Scottish Leaving Certificate Examination, 1955
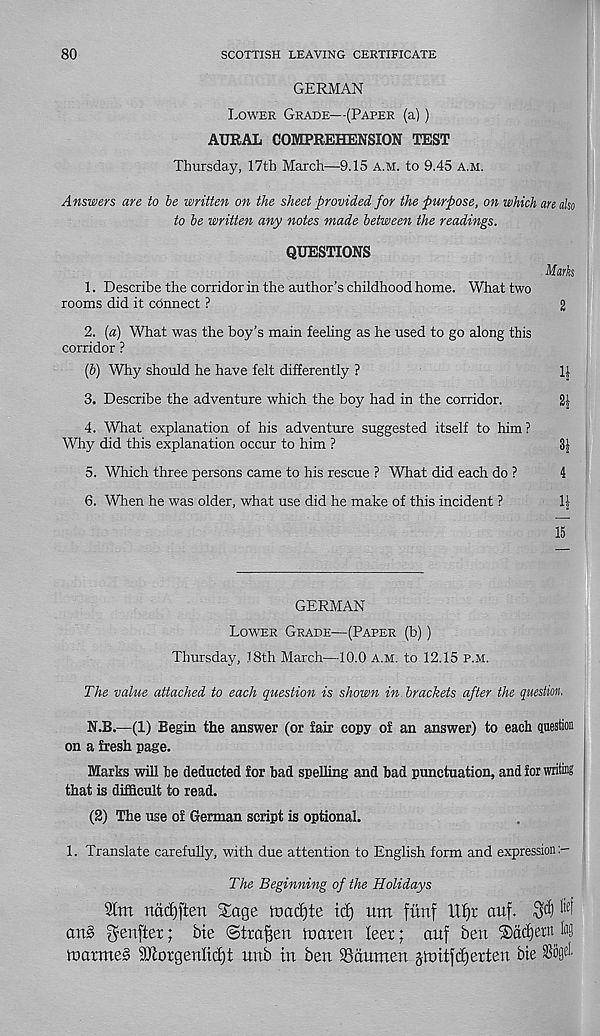
80
SCOTTISH LEAVING CERTIFICATE
GERMAN
Lower Grade—(Paper (a))
AURAL COMPREHENSION TEST
Thursday, 17th March—9.15 a.m. to 9.45 A.M.
Answers are to be written on the sheet provided for the purpose, on which are also
to be written any notes made between the readings.
QUESTIONS
1. Describe the corridor in the author’s childhood home. What two
rooms did it connect ?
2. (a) What was the boy’s main feeling as he used to go along this
corridor ?
(b) Why should he have felt differently ?
3. Describe the adventure which the boy had in the corridor.
4. What explanation of his adventure suggested itself to him?
Why did this explanation occur to him ?
5. Which three persons came to his rescue ? What did each do ?
6. When he was older, what use did he make of this incident ?
Mark
2
1|
4
15
GERMAN
Lower Grade—(Paper (b))
Thursday, J8th March—10.0 a.m. to 12.15 p.m.
The value attached to each question is shown in brackets after the question.
N.B.—(1) Begin the answer (or fair copy of an answer) to each question
on a fresh page.
Marks will he deducted for bad spelling and bad punctuation, and for writing
that is difficult to read.
(2) The use of German script is optional.
1. Translate carefully, with due attention to English form and expression
The Beginning of the Holidays
SCm ndd)ften Sage toad)te id) itm fiinf ilf)t auf. 3$ ^
ans> genfter; bie ©trafjen toarert leer; aitf ben ®ad)ern
toatmeS 90lorgenltd)t unb in ben SSdumen jttrit|cf)erten bie Sogd